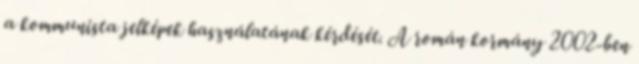
a kommunista jelképek használatának kérdését. A román kormány 2002-ben